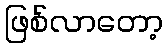
ဖြစ်လာတော့